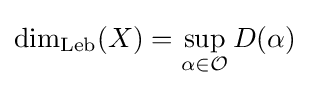
\dim _{\mathrm {Leb} }(X)=\sup _{\alpha \in {\mathcal {O}}}D(\alpha )